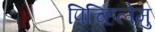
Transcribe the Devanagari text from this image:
पिच्हिलेमु